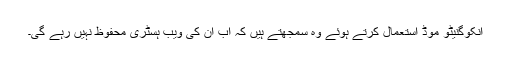
انکوگنیٹو موڈ استعمال کرتے ہوئے وہ سمجھتے ہیں کہ اب ان کی ویب ہسٹری محفوظ نہیں رہے گی۔